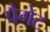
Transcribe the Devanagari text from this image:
पैगेट